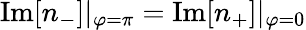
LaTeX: \mathrm{Im}[n_{-}]|_{\varphi=\pi}=\mathrm{Im}[n_{+}]|_{\varphi=0}